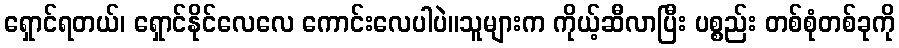
ရှောင်ရတယ်၊ ရှောင်နိုင်လေလေ ကောင်းလေပါပဲ။သူများက ကိုယ့်ဆီလာပြီး ပစ္စည်း တစ်စုံတစ်ခုကို